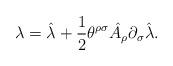
LaTeX: \begin{align*}\lambda =\hat \lambda +\frac{1}{2}\theta^{\rho\sigma}\hat A_{\rho}\partial_{\sigma}\hat \lambda .\end{align*}